Report on lock hospitals in British Burma
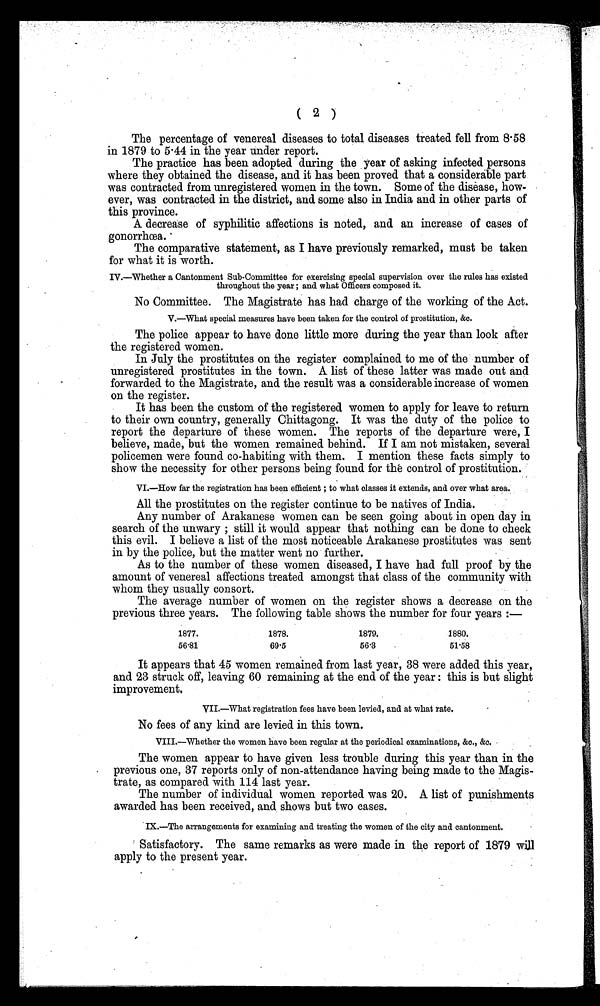
( 2 )
The percentage of venereal diseases to total diseases treated fell from 8.58
in 1879 to 5.44 in the year under report.
The practice has been adopted during the year of asking infected persons
where they obtained the disease, and it has been proved that a considerable part
was contracted from unregistered women in the town. Some of the disease, how-
ever, was contracted in the district, and some also in India and in other parts of
this province.
A decrease of syphilitic affections is noted, and an increase of cases of
gonorrhœa.
The comparative statement, as I have previously remarked, must be taken
for what it is worth.
IV.—Whether a Cantonment Sub-Committee for exercising special supervision over the rules has existed
throughout the year ; and what Officers composed it.
No Committee. The Magistrate has had charge of the working of the Act.
V.—What special measures have been taken for the control of prostitution, &c.
The police appear to have done little more during the year than look after
the registered women.
In July the prostitutes on the register complained to me of the number of
unregistered prostitutes in the town. A list of these latter was made out and
forwarded to the Magistrate, and the result was a considerable increase of women
on the register.
It has been the custom of the registered women to apply for leave to return
to their own country, generally Chittagong. It was the duty of the police to
report the departure of these women. The reports of the departure were, I
believe, made, but the women remained behind. If I am not mistaken, several
policemen were found co-habiting with them. I mention these facts simply to
show the necessity for other persons being found for the control of prostitution.
VI.—How far the registration has been efficient ; to what classes it extends, and over what area.
All the prostitutes on the register continue to be natives of India.
Any number of Arakanese women can be seen going about in open day in
search of the unwary ; still it would appear that nothing can be done to check
this evil. I believe a list of the most noticeable Arakanese prostitutes was sent
in by the police, but the matter went no further.
As to the number of these women diseased, I have had full proof by the
amount of venereal affections treated amongst that class of the community with
whom they usually consort.
The average number of women on the register shows a decrease on the
previous three years. The following table shows the number for four years :—
1877.
1878.
1879.
1880.
56 .81
69.5
56.3
51.58
It appears that 45 women remained from last year, 38 were added this year,
and 23 struck off, leaving 60 remaining at the end of the year : this is but slight
improvement,
VII.—What registration fees have been levied, and at what rate.
No fees of any kind are levied in this town.
VIII.—Whether the women have been regular at the periodical examinations, &c., &c.
The women appear to have given less trouble during this year than in the
previous one, 37 reports only of non-attendance having being made to the Magis-
trate, as compared with 114 last year.
The number of individual women reported was 20. A list of punishments
awarded has been received, and shows but two cases.
IX.—The arrangements for examining and treating the women of the city and cantonment.
Satisfactory. The same remarks as were made in the report of 1879 will
apply to the present year.